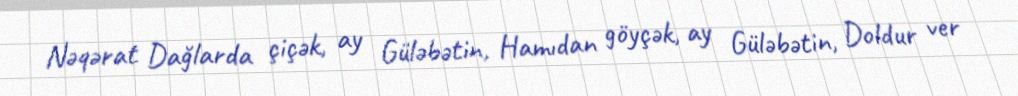
Nəqərat Dağlarda çiçək, ay Güləbətin, Hamıdan göyçək, ay Güləbətin, Doldur ver